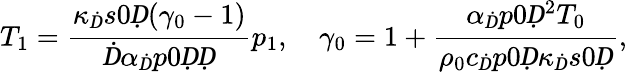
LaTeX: T_{1}=\frac{\kappa_{Ḋ}s0Ḍ(\gamma_{0}-1)}{Ḋ\alpha_{Ḋ}p0ḌḌ}p_{1},\quad\gamma_{0}=1+\frac{\alpha_{Ḋ}p0Ḍ^{2}T_{0}}{\rho_{0}c_{Ḋ}p0Ḍ\kappa_{Ḋ}s0Ḍ},